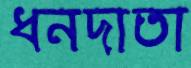
ধনদাতা